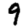
Digit: 9